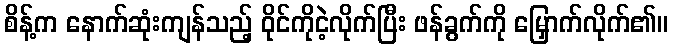
စိန့်က နောက်ဆုံးကျန်သည့် ဝိုင်ကိုငဲ့လိုက်ပြီး ဖန်ခွက်ကို မြှောက်လိုက်၏။